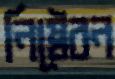
নিষ্ঠেবন